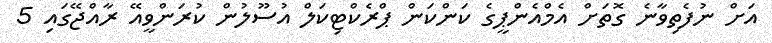
އަށް ނުފެތިވާނެ ގޮތަށް އެމްއެންޕީގެ ކަންކަން ޕްރެކްޓިކަލް އުސޫލުން ކުރަންވީއޭ ރާއްޖޭގައި 5